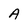
Character: A